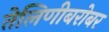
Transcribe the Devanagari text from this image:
तेलिणीबरोबर